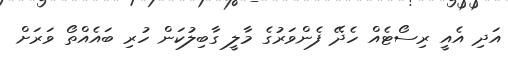
އަދި އެއީ ރިސޯޓެއް ހެދޭ ފެންވަރުގެ މާލީ ގާބިލުކަން ހުރި ބައެއްތޯ ވަރަށް